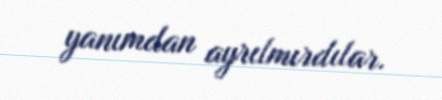
yanımdan ayrılmırdılar.